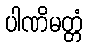
ပါဏိမတ္တံ